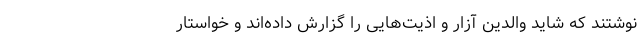
نوشتند که شاید والدین آزار و اذیت‌هایی را گزارش داده‌اند و خواستار